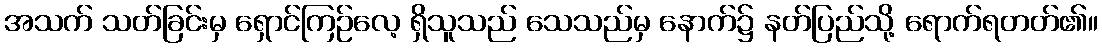
အသက် သတ်ခြင်းမှ ရှောင်ကြဉ်လေ့ ရှိသူသည် သေသည်မှ နောက်၌ နတ်ပြည်သို့ ရောက်ရတတ်၏။